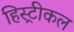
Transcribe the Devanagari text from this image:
हिस्ट्रीकल